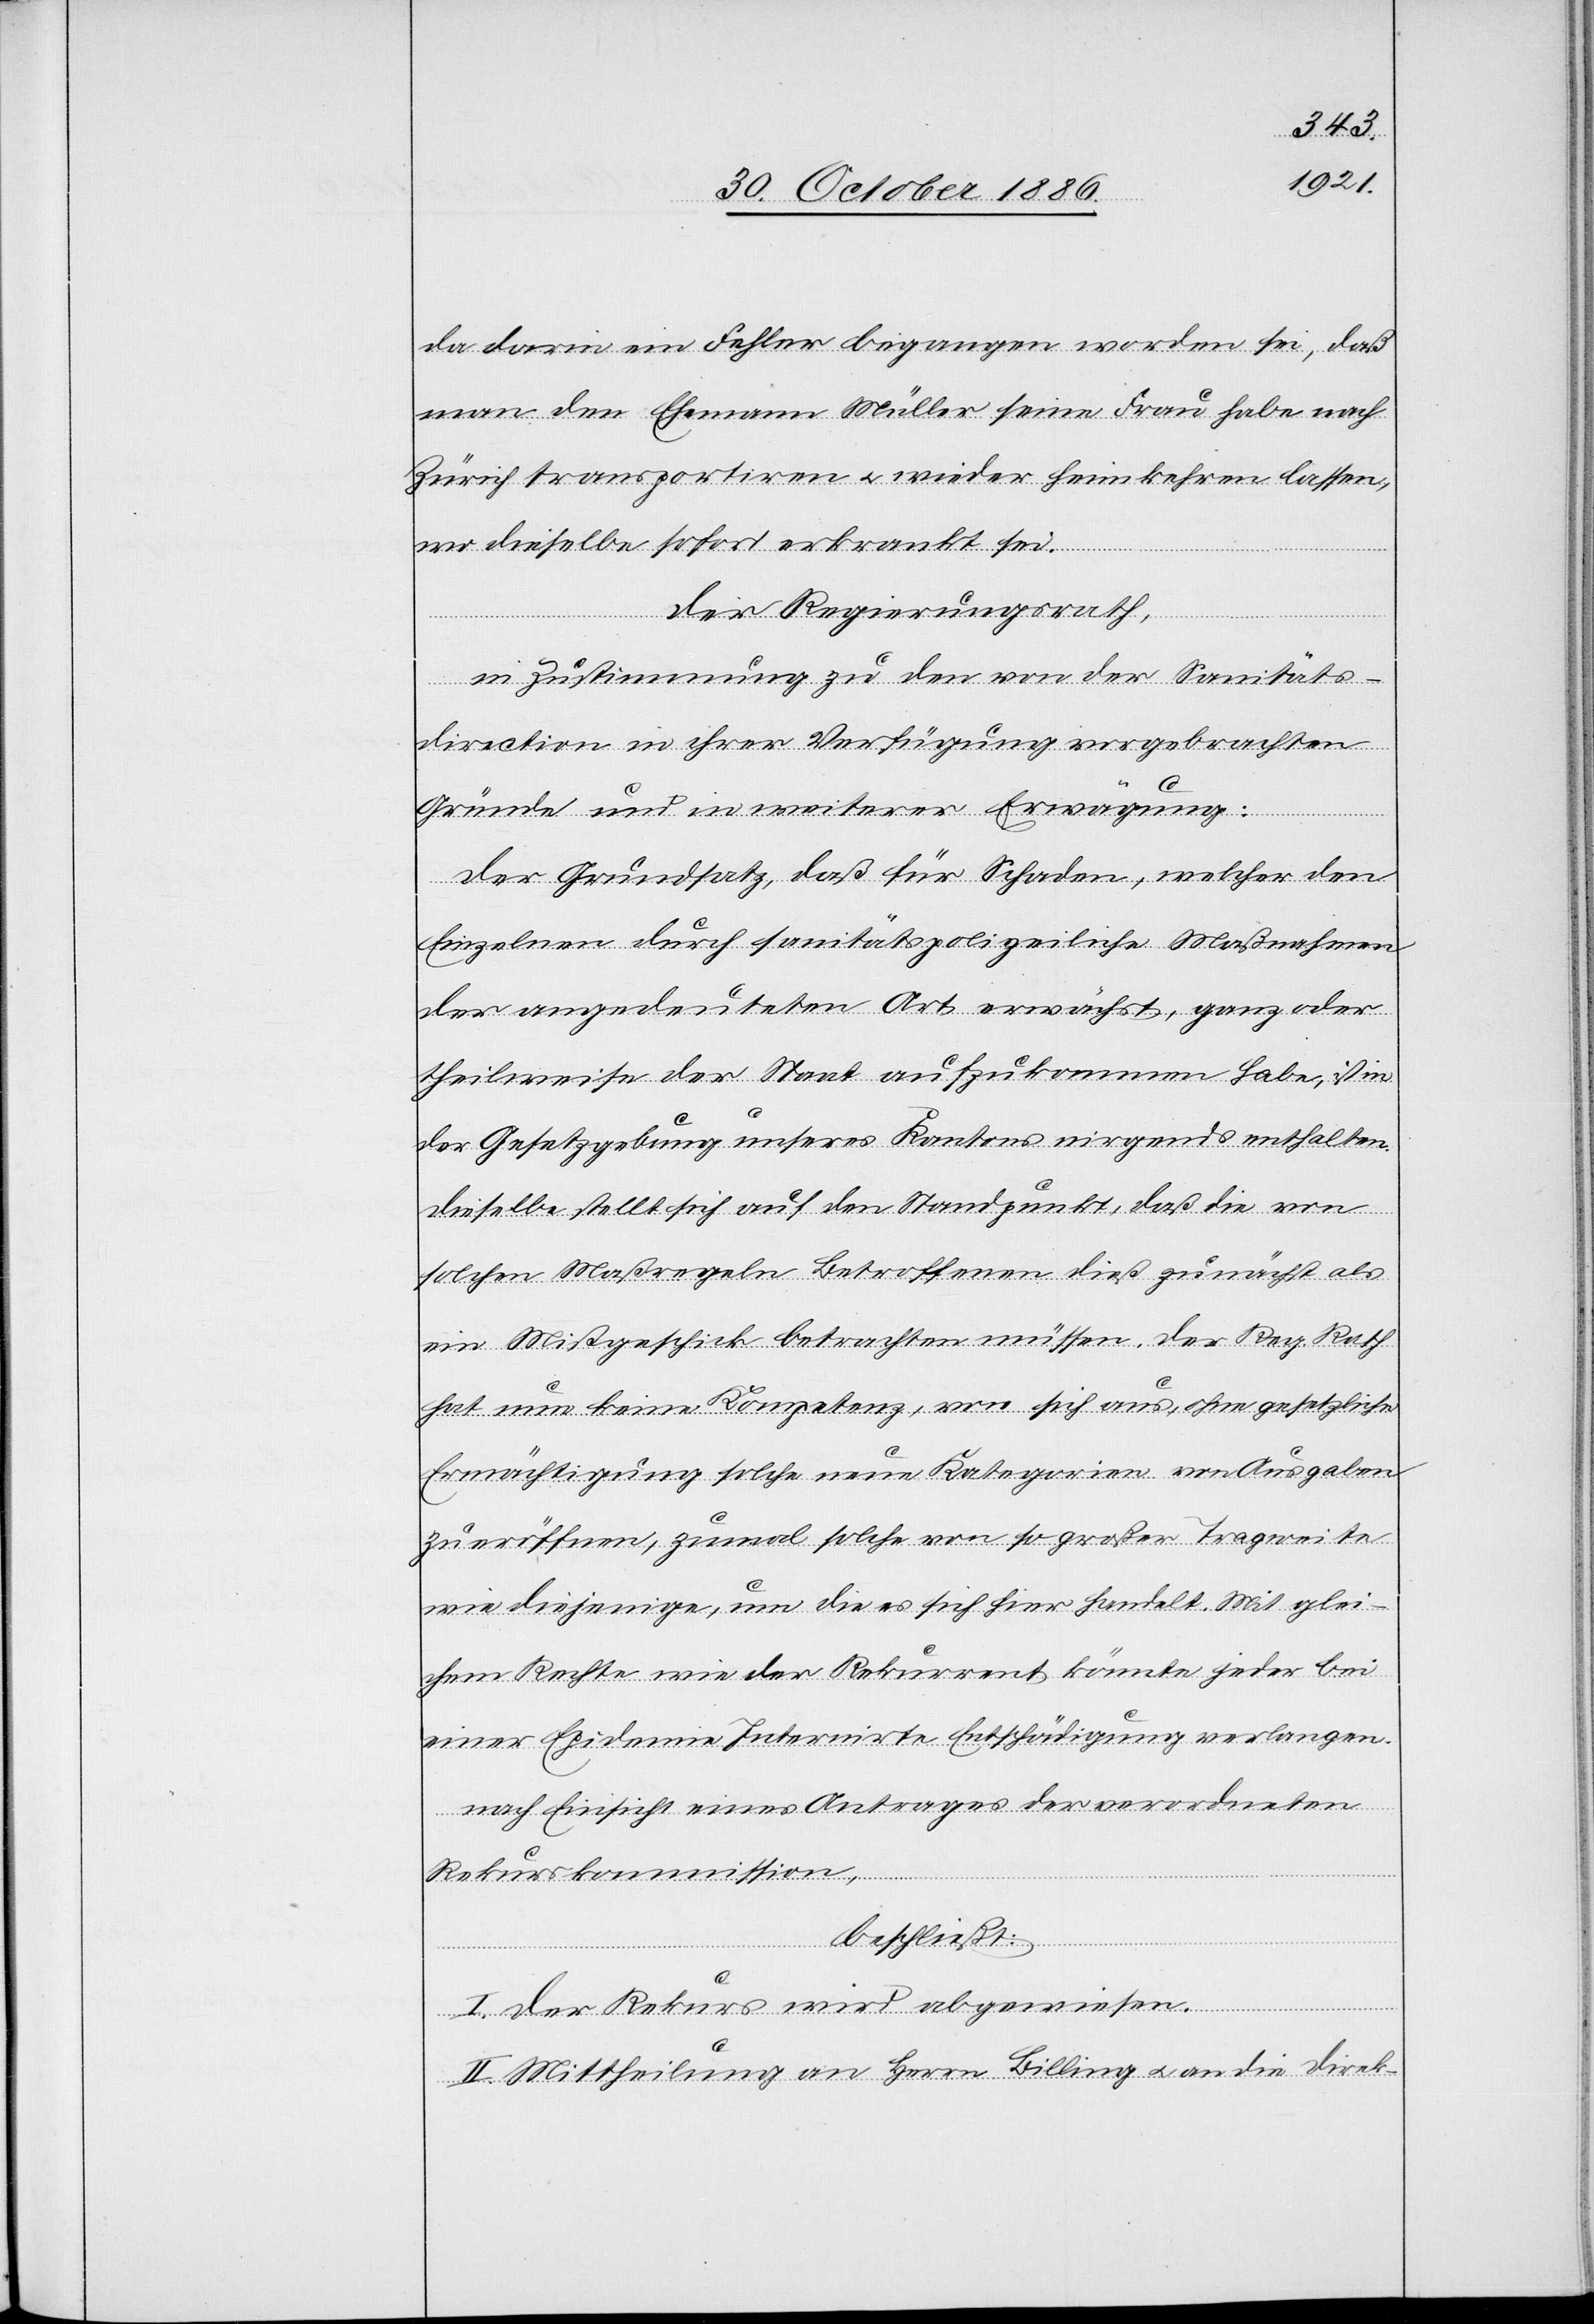
da darin ein Fehler begangen worden sei, daß
man den Ehemann Müller seine Frau habe nach
Zürich transportiren & wieder heimkehren lassen,
wo dieselbe sofort erkrankt sei.
Der Regierungsrath,
in Zustimmung zu den von der Sanitäts¬
direction in ihrer Verfügung vorgebrachten
Gründe[n] und in weiterer Erwägung:
Der Grundsatz, daß für Schaden, welcher den
Einzelnen durch sanitätspolizeiliche Maßnahmen
der angedeuteten Art erwächst, ganz oder
theilweise der Staat aufzukommen habe, ist in
der Gesetzgebung unseres Kantons nirgends enthalten.
Dieselbe stellt sich auf den Standpunkt, daß die von
solchen Maßregeln Betroffenen dieß zunächst als
ein Mißgeschick betrachten müssen. Der Reg. Rath
hat nun keine Kompetenz, von sich aus, ohne gesetzliche
Ermächtigung solche neue Kategorien von Ausgaben
zu eröffnen, zumal solche von so großer Tragweite
wie diejenige, um die es sich hier handelt. Mit glei¬
chem Rechte wie der Rekurrent könnte jeder bei
einer Epidemie Internirte Entschädigung verlangen.
nach Einsicht eines Antrages der verordneten
Rekurskommission,
beschließt:
I. Der Rekurs wird abgewiesen.
II. Mittheilung an Herrn Billing & an die Direk-